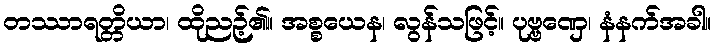
တဿာရတ္တိယာ၊ ထိုညဉ့်၏။ အစ္စယေန၊ လွန်သဖြင့်။ ပုဗ္ဗဏှေ၊ နံနက်အခါ။